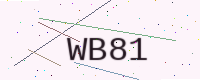
Text: WB81